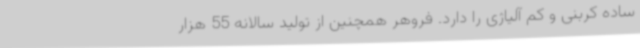
ساده کربنی و کم آلیاژی را دارد. فروهر همچنین از تولید سالانه 55 هزار